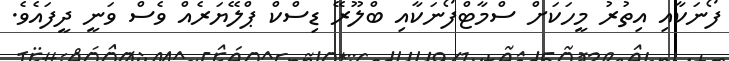
ފޯނަކާއި އިތުރު މީހަކަށް ސްމާޓްފޯނަކާއި ބްލޫރޭ ޑިސްކް ޕްލޭޔަރެއް ވެސް ވަނީ ދީފައެވެ.